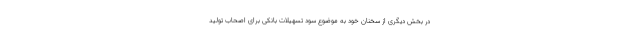
در بخش دیگری از سخنان خود به موضوع سود تسهیلات بانکی برای اصحاب تولید